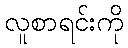
လူစာရင်းကို